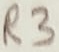
Text: R3